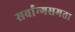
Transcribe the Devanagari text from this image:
सर्वान्गसमता